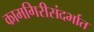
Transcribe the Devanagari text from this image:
कामगिरीसंदर्भात